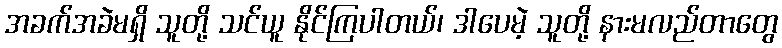
အခက်အခဲမရှိ သူတို့ သင်ယူ နိုင်ကြပါတယ်၊ ဒါပေမဲ့ သူတို့ နားမလည်တာတွေ